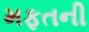
મફતની